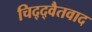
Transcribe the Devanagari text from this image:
चिद्द्वैतवाद